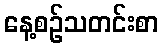
နေ့စဉ်သတင်းစာ